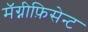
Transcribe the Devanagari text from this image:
मॅग्नीफ़िसेन्ट